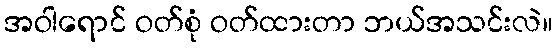
အဝါရောင် ဝတ်စုံ ဝတ်ထားတာ ဘယ်အသင်းလဲ။